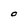
Character: O